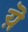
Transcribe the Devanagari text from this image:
य़ॆ